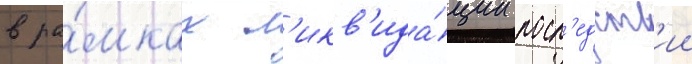
в ра́мках л'икв'ида́ции посл'едств'ии